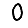
Digit: 0